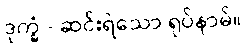
ဒုက္ခံ - ဆင်းရဲသော ရုပ်နာမ်။